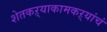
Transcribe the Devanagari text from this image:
शेतकऱ्याकामकऱ्यांचं